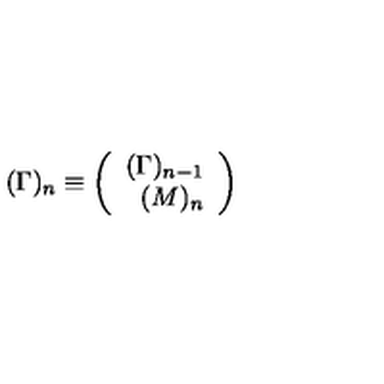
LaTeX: ( \Gamma ) _ { n } \equiv \left( \begin{array} { r r } { ( \Gamma ) _ { n - 1 } } \\ { \ ( M ) _ { n } } \\ \end{array} \right)